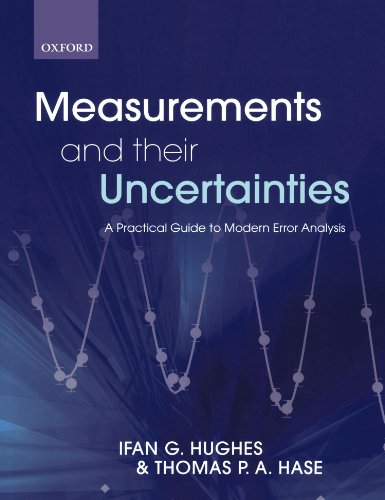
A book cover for Measurements and their Uncertainties: A practical guide to modern error analysis; Ifan Hughes; Science & Math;